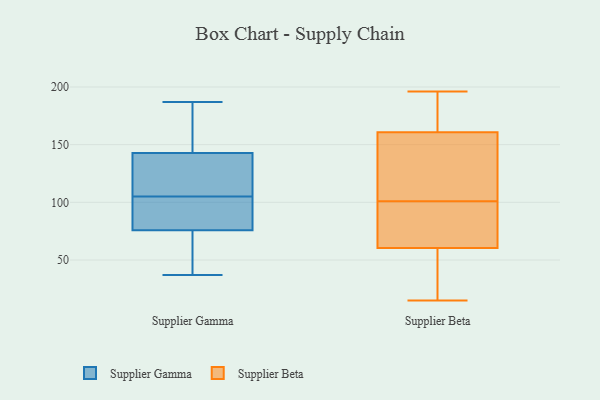
{"axis": {"x": "Population (Million)", "y": "Value"}, "legend": ["Supplier Beta", "Supplier Gamma"], "data": [{"x": "", "y": 137, "type": "Supplier Gamma"}, {"x": "", "y": 81, "type": "Supplier Gamma"}, {"x": "", "y": 122, "type": "Supplier Gamma"}, {"x": "", "y": 160, "type": "Supplier Gamma"}, {"x": "", "y": 187, "type": "Supplier Gamma"}, {"x": "", "y": 120, "type": "Supplier Gamma"}, {"x": "", "y": 66, "type": "Supplier Gamma"}, {"x": "", "y": 79, "type": "Supplier Gamma"}, {"x": "", "y": 105, "type": "Supplier Gamma"}, {"x": "", "y": 83, "type": "Supplier Gamma"}, {"x": "", "y": 173, "type": "Supplier Gamma"}, {"x": "", "y": 44, "type": "Supplier Gamma"}, {"x": "", "y": 37, "type": "Supplier Gamma"}, {"x": "", "y": 101, "type": "Supplier Beta"}, {"x": "", "y": 106, "type": "Supplier Beta"}, {"x": "", "y": 83, "type": "Supplier Beta"}, {"x": "", "y": 124, "type": "Supplier Beta"}, {"x": "", "y": 132, "type": "Supplier Beta"}, {"x": "", "y": 166, "type": "Supplier Beta"}, {"x": "", "y": 53, "type": "Supplier Beta"}, {"x": "", "y": 169, "type": "Supplier Beta"}, {"x": "", "y": 96, "type": "Supplier Beta"}, {"x": "", "y": 52, "type": "Supplier Beta"}, {"x": "", "y": 41, "type": "Supplier Beta"}, {"x": "", "y": 165, "type": "Supplier Beta"}, {"x": "", "y": 39, "type": "Supplier Beta"}, {"x": "", "y": 85, "type": "Supplier Beta"}, {"x": "", "y": 178, "type": "Supplier Beta"}, {"x": "", "y": 15, "type": "Supplier Beta"}, {"x": "", "y": 87, "type": "Supplier Beta"}, {"x": "", "y": 196, "type": "Supplier Beta"}, {"x": "", "y": 148, "type": "Supplier Beta"}]}